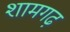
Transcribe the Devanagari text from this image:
शामगढ़